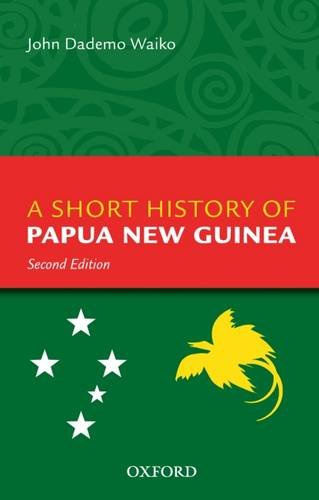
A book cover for A Short History Of Papua New Guinea; John Dademo Waiko; History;